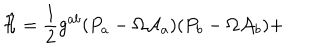
\hat { { \cal H } } = \frac { 1 } { 2 } g ^ { a b } ( P _ { a } - \Omega { \cal A } _ { a } ) ( P _ { b } - \Omega { \cal A } _ { b } ) +